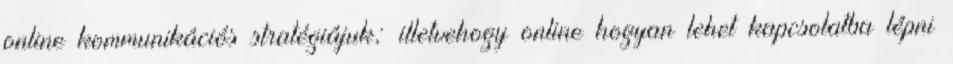
online kommunikációs stratégiájuk; illetvehogy online hogyan lehet kapcsolatba lépni